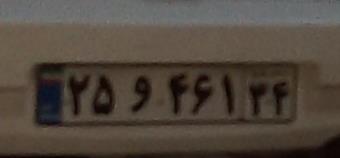
۲۵و۴۶۱۳۴